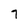
Character: 7